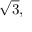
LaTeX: { \sqrt { 3 } } ,